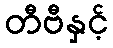
တီဗီနှင့်